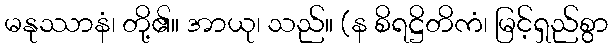
မနုဿာနံ၊ တို့၏။ အာယု၊ သည်။ (န စိရဋ္ဌိတိကံ၊ မြင့်ရှည်စွာ